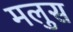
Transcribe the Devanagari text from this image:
मलुस